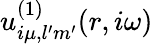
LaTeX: u_{i\mu,l^{\prime}m^{\prime}}^{(1)}(r,i\omega)